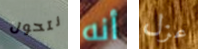
نتحول أنه عزل